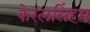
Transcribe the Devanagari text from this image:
केरलसिंहम्